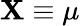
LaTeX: \mathbf{X}\equiv\mu